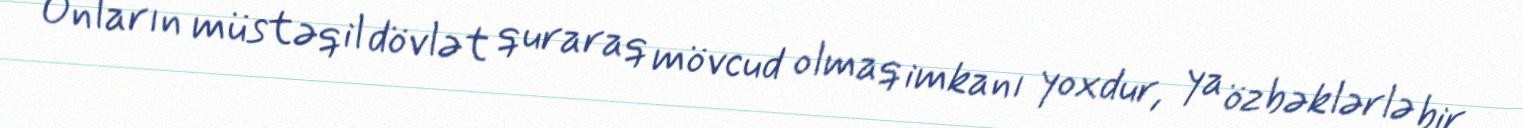
Onların müstəqil dövlət quraraq mövcud olmaq imkanı yoxdur, ya özbəklərlə bir